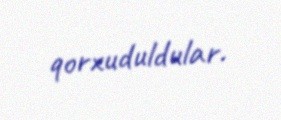
qorxuduldular.